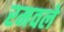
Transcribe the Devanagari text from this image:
रमवले